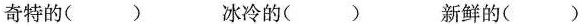
奇特的( ) 冰冷的( ) 新鲜的( )